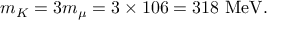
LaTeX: m _ { K } = 3 m _ { \mu } = 3 \times 1 0 6 = 3 1 8 \ \mathrm { M e V } .